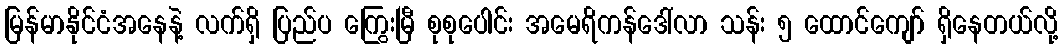
မြန်မာနိုင်ငံအနေနဲ့ လက်ရှိ ပြည်ပ ကြွေးမြီ စုစုပေါင်း အမေရိကန်ဒေါ်လာ သန်း ၅ ထောင်ကျော် ရှိနေတယ်လို့